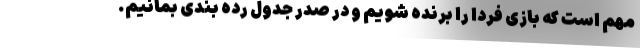
مهم است که بازی فردا را برنده شویم و در صدر جدول رده بندی بمانیم.